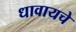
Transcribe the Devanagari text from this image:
धावायचे